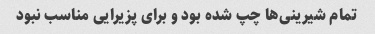
تمام شیرینی‌ها چپ شده بود و برای پزیرایی مناسب نبود